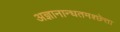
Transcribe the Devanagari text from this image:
अज्ञानान्धतमश्छेत्ता